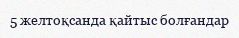
5 желтоқсанда қайтыс болғандар